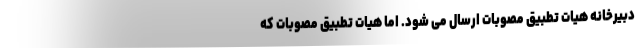
دبیرخانه هیات تطبیق مصوبات ارسال می شود. اما هیات تطبیق مصوبات که